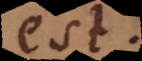
est.